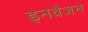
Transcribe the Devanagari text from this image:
इनवेजन